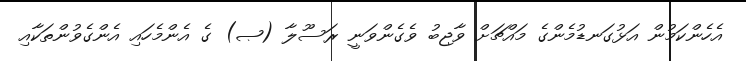
އެހެންކަމުން އަޅުގަނޑުމެންގެ މައްޗަށް ވާޖިބު ވެގެންވަނީ ރަސޫލާ (ޞ) ގެ އެންމެހައި އެންގެވުންތަކާއި